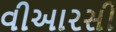
વીઆરસી